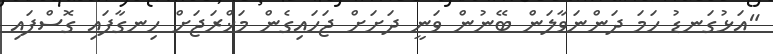
"އަޅުގަނޑު ހަމަ ދަންނަވާލަން ބޭނުން ވަނީ ދަށަށް ޖަހައިގެން މަޚްރަޖަށް ހިނގާފައި ގޮސްފައި